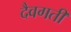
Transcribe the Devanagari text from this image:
दैवगती